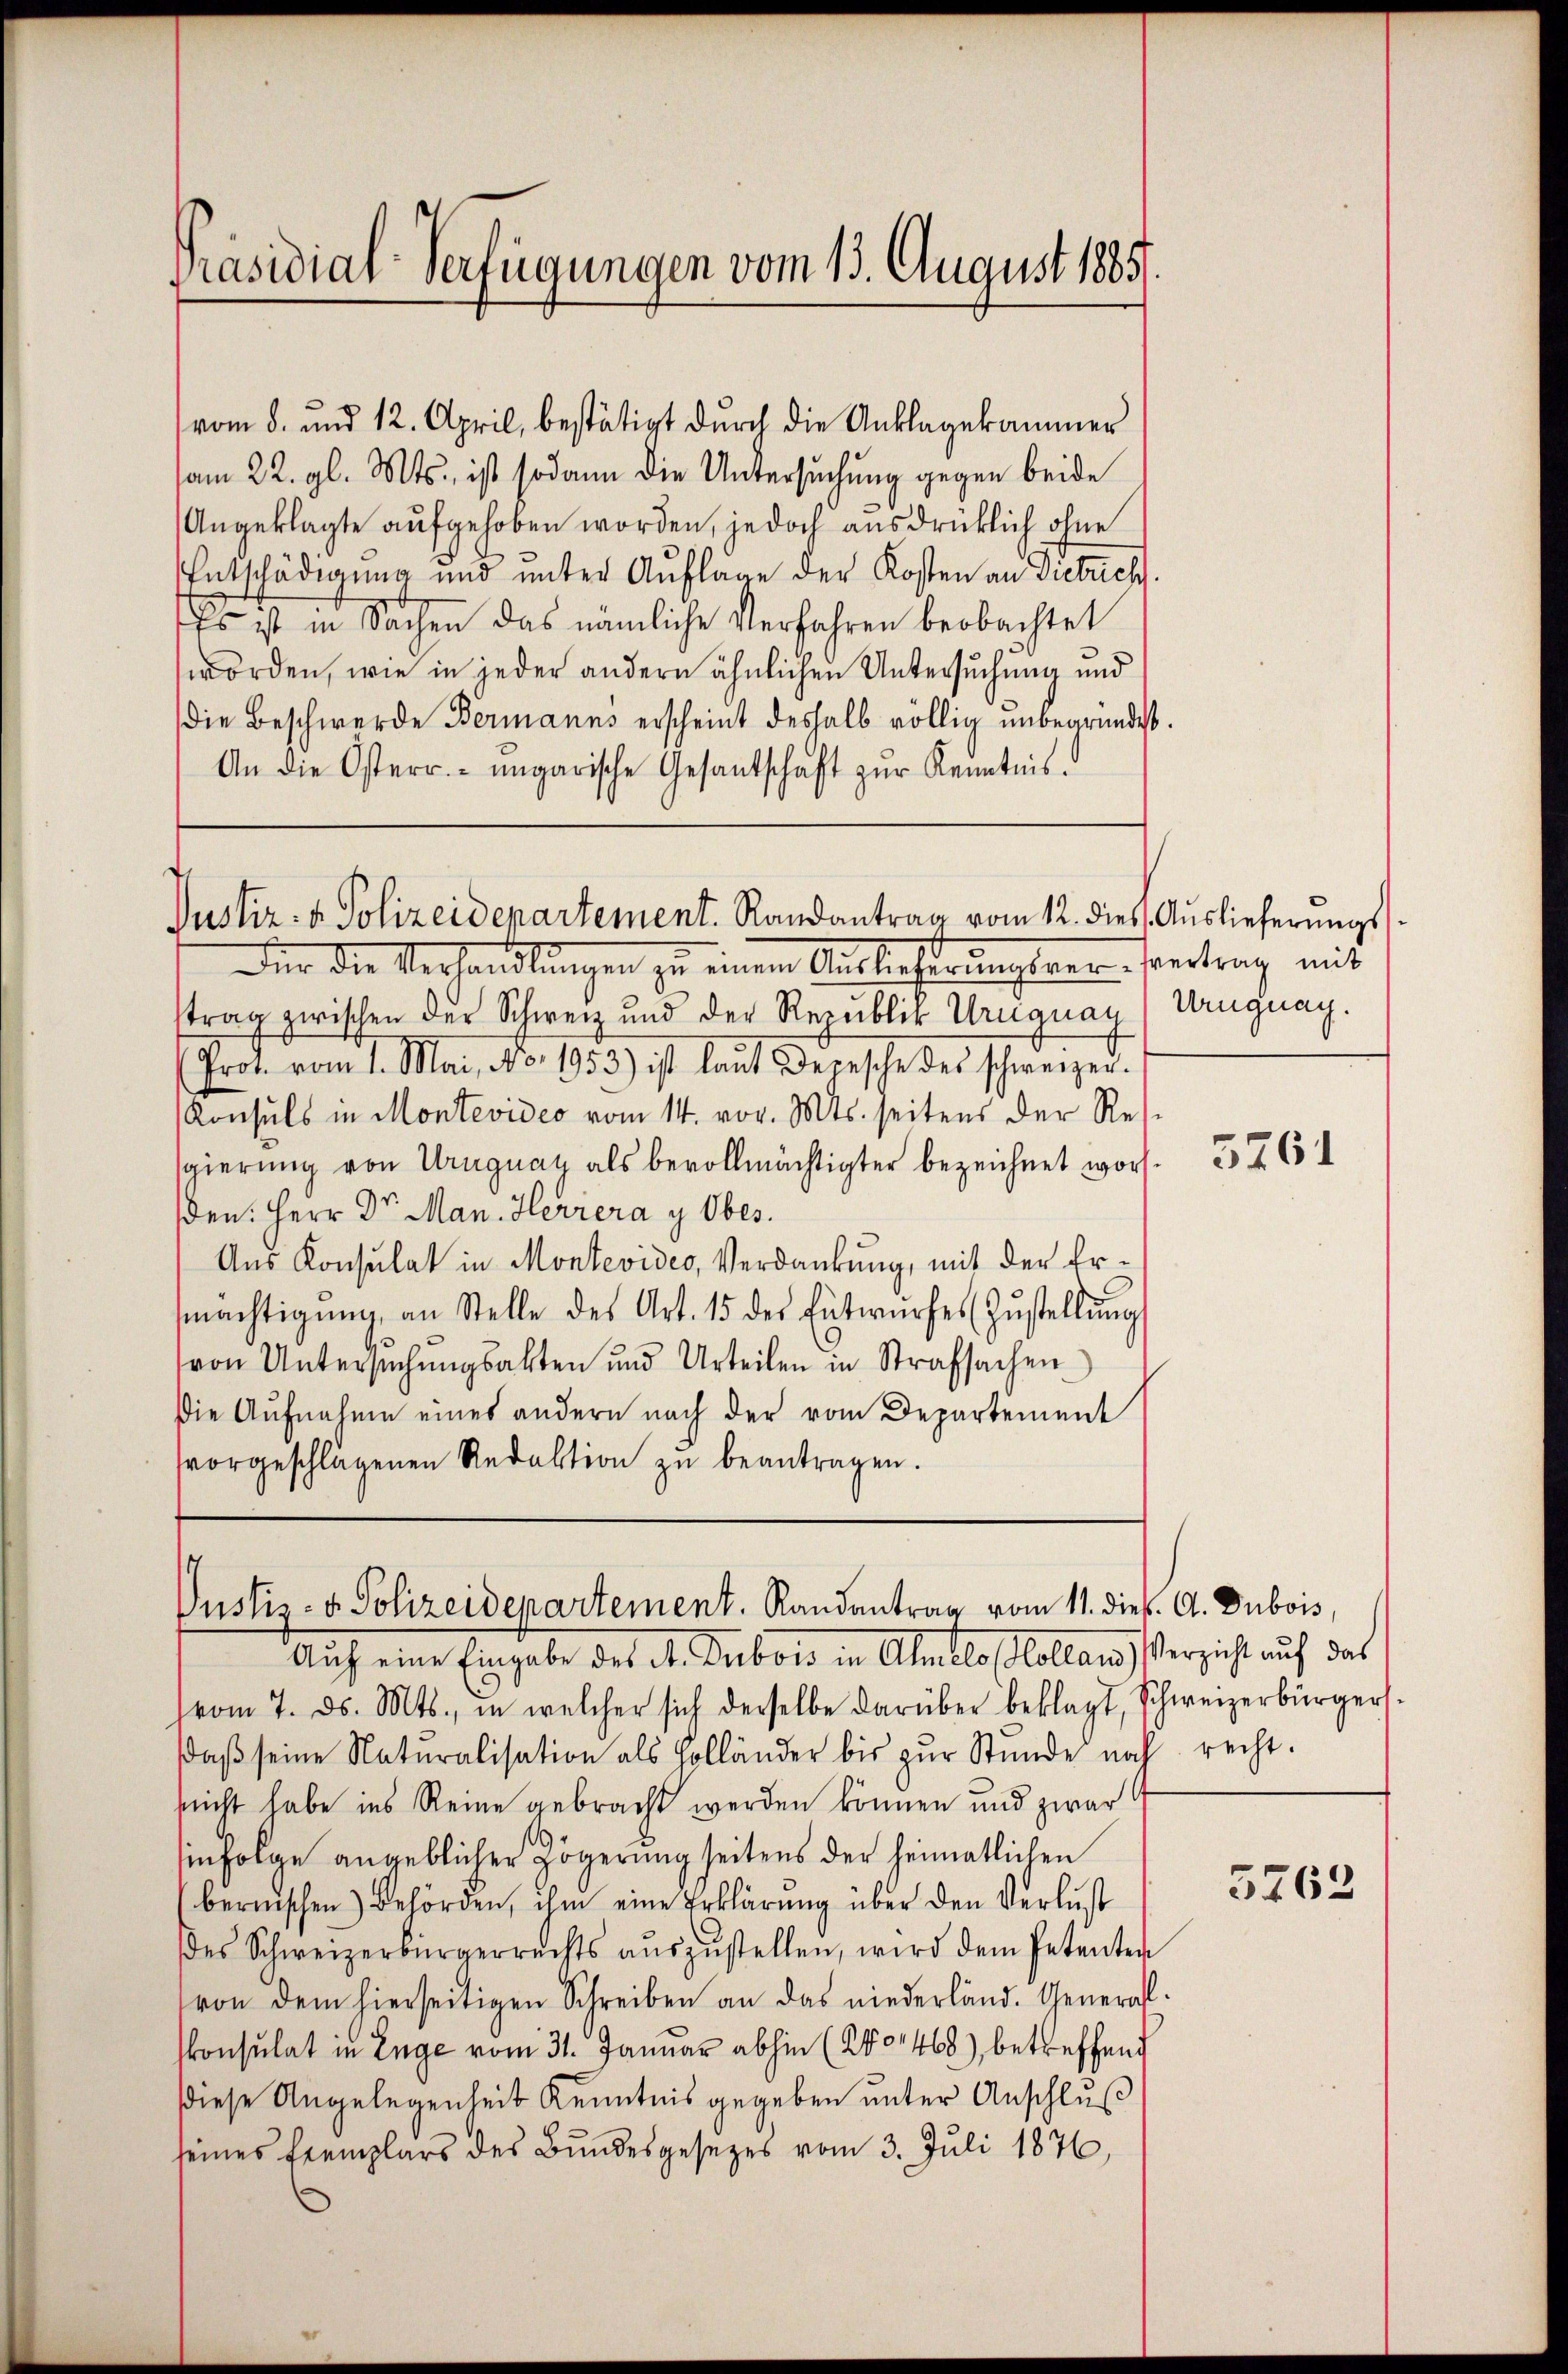
Präsidial-Verfügungen vom 13. August 1885

vom 8. und 12. April, bestätigt durch die Anklagekammer
vom 22. gl. Mts., ist sodann die Untersuchung gegen beide
Angeklagte aufgehoben worden, jedoch ausdrücklich ohne
Entschädigung und unter Auflage der Kosten an Dietrich
Es ist in Sachen das nämliche Verfahren beobachtet
worden, wie in jeder andern ähnlichen Untersuchung und
die Beschwerde Bermanns erscheint deshalb völlig unbegründet.
An die Osterr. ungarische Gesandschaft zŭr Kenntnis.

Justiz- & Polizeidepartement. Randantrag vom 12. dies Auslieferungs

Justiz- & Polizeidepartement. Randantrag vom 11. dieß. A. Dubois,

Für die Verhandlungen zu einem Ausbeßerungsver- Vertrag mit
trag zwischen der Schweiz und der Republik Uruguay, Uruguay.
(Prot. vom 1. Mai, No. 1953) ist laut Depesche des schweizer.
Konsuls in Montevideo vom 14. vor. Mts. seitens der Resgierung von Uruguay als bevollmächtigter bezeichnet worden: Herr Dr. Man. Herrera y Ober.
Aus Konsulat in Montevides, Verdankung, mit der Ermächtigŭng an Stelle des Art. 15 der Entwŭrfes (Zŭstellŭng
von Untersŭchŭngsakten und Urteilen in Strafsachen
Die Aufnahme eines andern nach der vom Departement
vorgeschlagenen Redaktion zŭ beantragen.

Auf eine Eingabe des A. Dubois in Almals Colland Verzicht auf das
vom 7. ds. Mts., in welcher sich derselbe darüber beklagt, Schweizerbürgers.
daβ seine Naturalisation als Holländer bis zŭr Stunde noch recht.
nicht habe ins Reine gebracht werden können und zwar
infolge angeblicher Zögerung seitens der heimatlichen
bernischen) Behörden, ihm eine Erklärung über den Verlust
des Schweizerbürgerrechts aŭszŭstellen, wird dem Petenten
von dem hierseitigen Schreiben an das niederländ. General-
konsulat in Enge vom 31. Januar abhin (201468), betreffend
Diese Angelegenheit Kenntnis gegeben unter Anschluß
seines Exemplars des Bundesgesezes vom 3. Juli 1876,

5761

3762